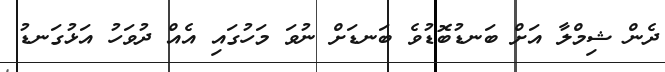
ދެން ޝިމްލާ އަށް ބަނޑުބޮޑުވެ ބަނޑަށް ނުވަ މަހުގައި އެއް ދުވަހު އަޅުގަނޑު